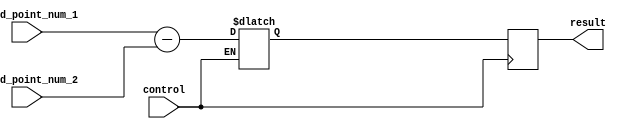
module fixed_point_subtractor (
    input [31:0] fixed_point_num_1,
    input [31:0] fixed_point_num_2,
    input control,
    output reg [31:0] result
);

reg [31:0] result_temp;

always @ (control) begin
    if (control == 1) begin
        result_temp = fixed_point_num_1 - fixed_point_num_2;
    end
end

always @ (posedge control) begin
    result <= result_temp;
end

endmodule